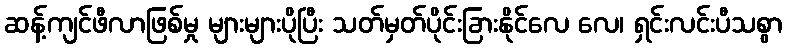
ဆန့်ကျင်ဖီလာဖြစ်မှု များများပိုပြီး သတ်မှတ်ပိုင်းခြားနိုင်လေ လေ၊ ရှင်းလင်းပီသစွာ